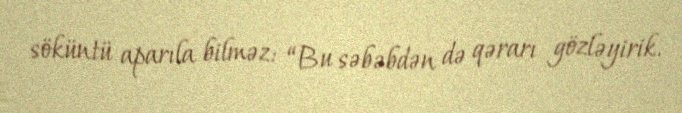
söküntü aparıla bilməz: “Bu səbəbdən də qərarı gözləyirik.